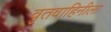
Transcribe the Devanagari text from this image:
वृतवाहिनीला